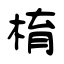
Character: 棛